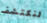
لنكتشف